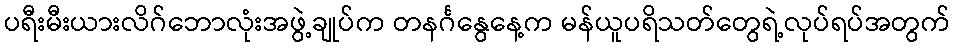
ပရီးမီးယားလိဂ်ဘောလုံးအဖွဲ့ချုပ်က တနင်္ဂနွေနေ့က မန်ယူပရိသတ်တွေရဲ့လုပ်ရပ်အတွက်